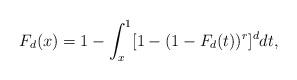
LaTeX: \begin{align*}F_{d}(x)=1-\int^1_x[1-(1-F_{d}(t))^{r}]^d dt,\end{align*}